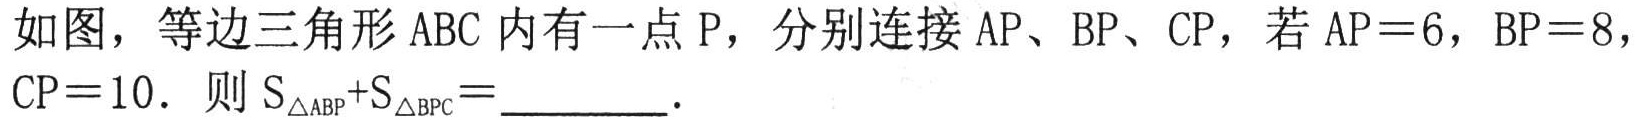
如图，等边三角形\(ABC\)内有一点\(P\)，分别连接\(AP\)、\(BP\)、\(CP\)，若\(AP = 6\)，\(BP = 8\)，\(CP = 10\)．则\(S_{\triangle ABP}+S_{\triangle BPC}=\underline{\quad\quad}\)．